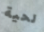
لحية